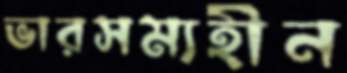
ভারসম্যহীন